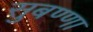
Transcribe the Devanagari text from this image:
सुबण्णा